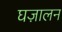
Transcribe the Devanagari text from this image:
घज़ालन